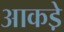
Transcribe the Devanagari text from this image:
आकडे़